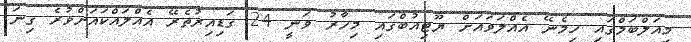
މިއަލްބަމްގައި ހިމެނޭ އެއްލަވައަށް ޔޫޓިއުބްގައި މިހާރު ވަނީ 24 ގަޑިއިރުތެރޭ އެއްލައްކައަށްވުރެ ގިނަ